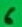
Text: 6